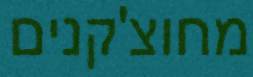
מחוצ'קנים